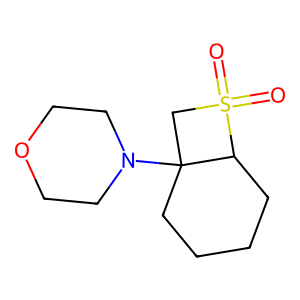
SMILES: O=S1(=O)CC2(N3CCOCC3)CCCCC21
Inhibits HIV replication: No